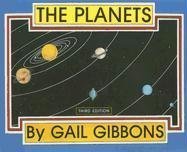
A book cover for The Planets; Gail Gibbons; Children's Books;